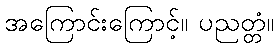
အကြောင်းကြောင့်။ ပညတ္တံ။